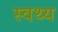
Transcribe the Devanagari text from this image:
स्वथ्य